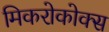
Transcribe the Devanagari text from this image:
मिकरोकोक्स